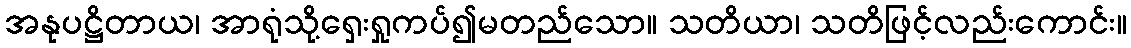
အနုပဋ္ဌိတာယ၊ အာရုံသို့ရှေးရှုကပ်၍မတည်သော။ သတိယာ၊ သတိဖြင့်လည်းကောင်း။